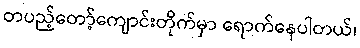
တပည့်တော့်ကျောင်းတိုက်မှာ ရောက်နေပါတယ်၊